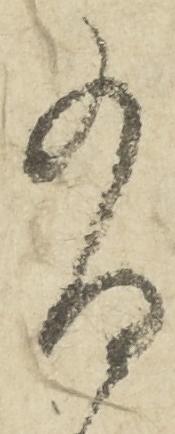
有